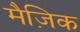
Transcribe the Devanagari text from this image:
मैज़िक